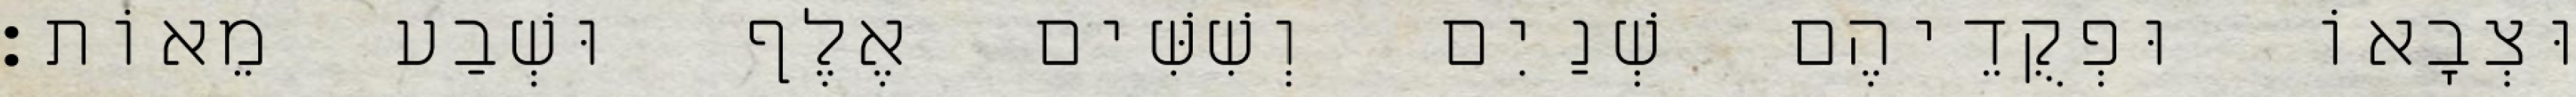
וּצְבָאוֹ וּפְקֻדֵיהֶם שְׁנַיִם וְשִׁשִּׁים אֶלֶף וּשְׁבַע מֵאוֹת׃